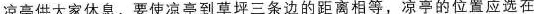
凉亭供大家休息，要使凉亭到草坪三条边的距离相等，凉亭的位置应选在